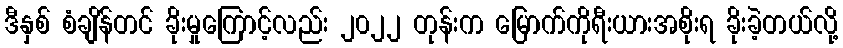
ဒီနှစ် စံချိန်တင် ခိုးမှုကြောင့်လည်း ၂၀၂၂ တုန်းက မြောက်ကိုရီးယားအစိုးရ ခိုးခဲ့တယ်လို့